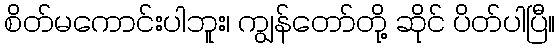
စိတ်မကောင်းပါဘူး၊ ကျွန်တော်တို့ ဆိုင် ပိတ်ပါပြီ။